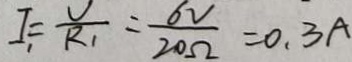
I _ { 1 } = \frac { V } { R _ { 1 } } = \frac { 6 V } { 2 0 \Omega } = 0 . 3 A